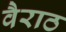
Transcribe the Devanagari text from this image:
वैराठ